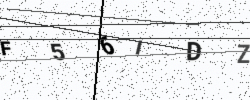
Text: F56IDZ